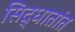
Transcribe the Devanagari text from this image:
सिद्धातांत